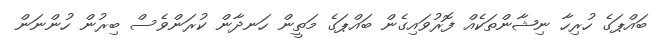
ބައްޕަގެ ހުރިހާ ނިޝާންތަކެއް ފޮރުވައިގެން ބައްޕަގެ މަތީން ހަނދާން ކުރަންވެސް ބިރުން ހުންނަން